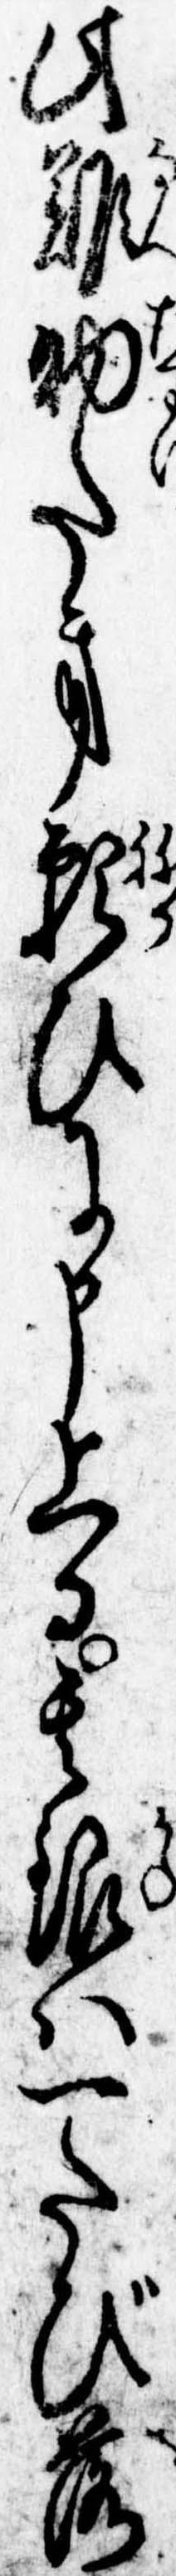
此難助たき願ひに申上る其銀は一たび落